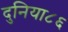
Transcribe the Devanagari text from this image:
दुनिया८६